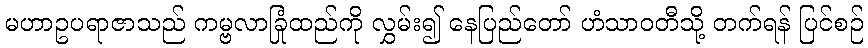
မဟာဥပရာဇာသည် ကမ္ဗလာခြုံထည်ကို လွှမ်း၍ နေပြည်တော် ဟံသာဝတီသို့ တက်ရန် ပြင်စဉ်